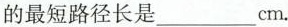
的最短路径长是___cm.